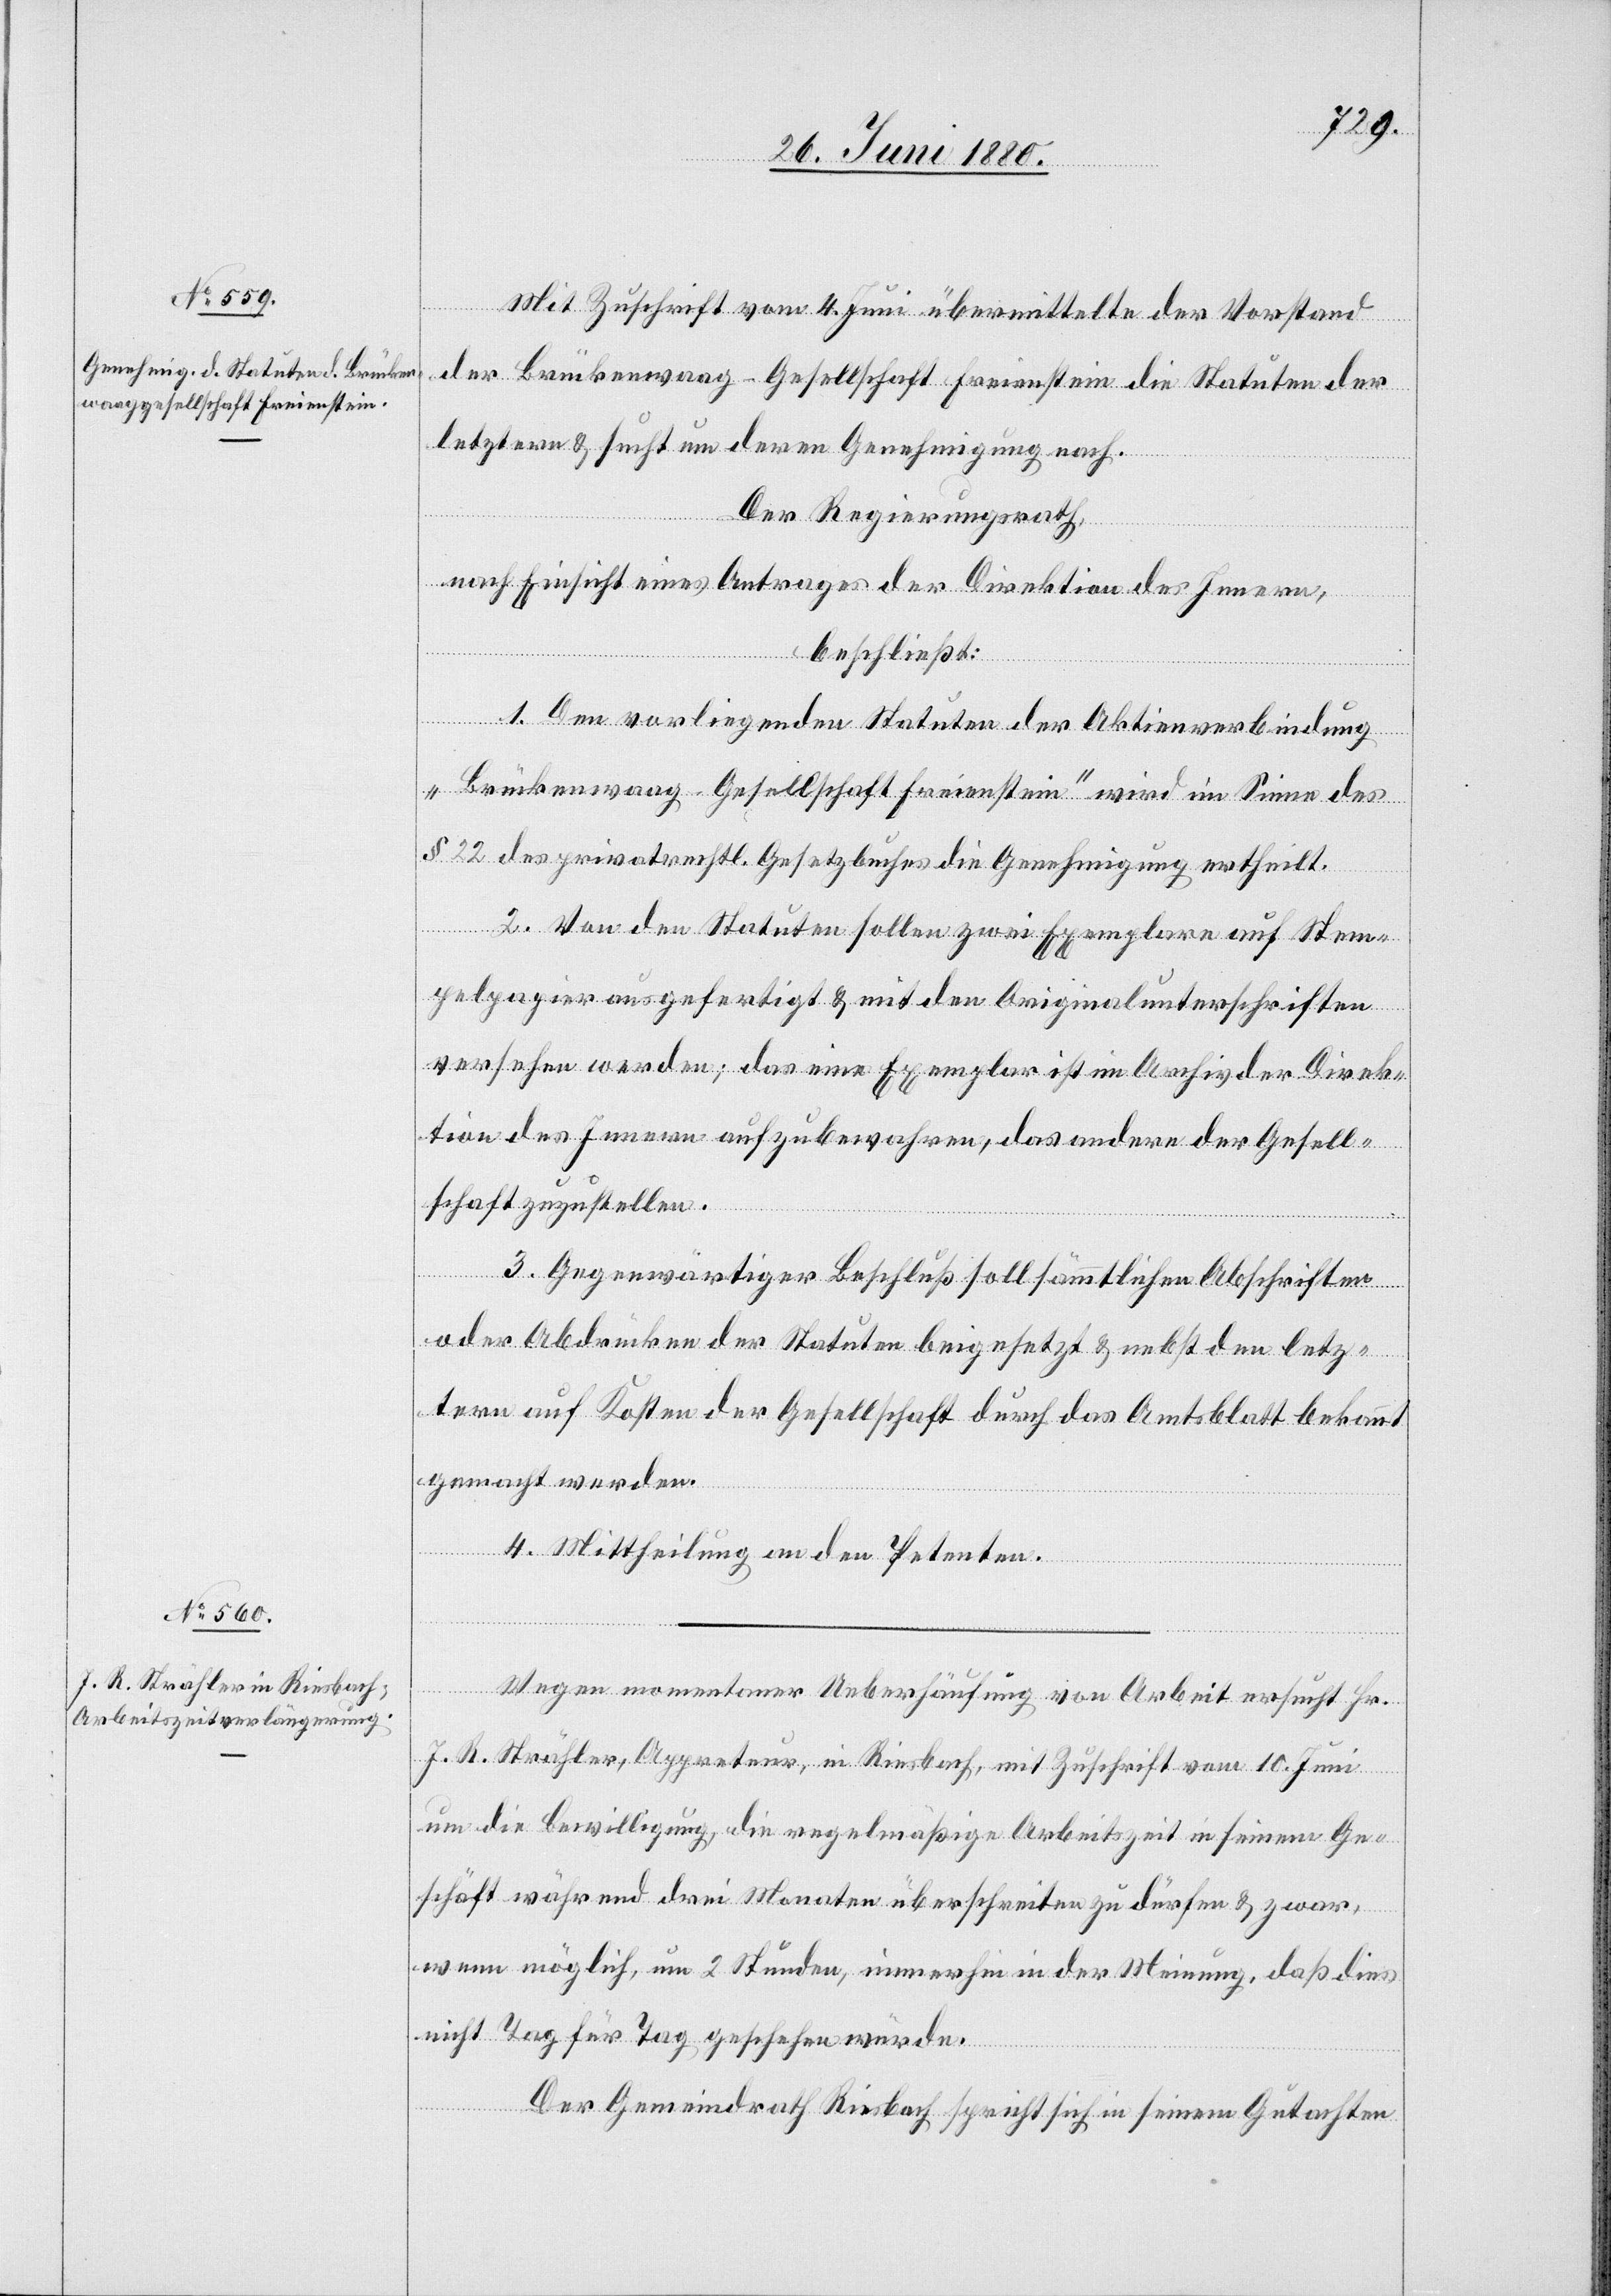
Mit Zuschrift vom 4. Juni übermittelte der Vorstand
der Brückenwaag-Gesellschaft Freienstein die Statuten der
letztern & sucht um deren Genehmigung nach.
Der Regierungsrath,
nach Einsicht eines Antrages der Direktion des Innern,
beschließt:
1. Den vorliegenden Statuten der Aktienverbindung
„Brückenwaag-Gesellschaft Freienstein“ wird im Sinne des
§ 22 des privatrechtl. Gesetzbuches die Genehmigung ertheilt.
2. Von den Statuten sollen zwei Exemplare auf Stem¬
pelpapier ausgefertigt & mit den Originalunterschriften
versehen werden; das eine Exemplar ist im Archiv der Direk¬
tion des Innern aufzubewahren, das andere der Gesell¬
schaft zuzustellen.
3. Gegenwärtiger Beschluß soll sämmtlichen Abschriften
oder Abdrücken der Statuten beigesetzt & nebst den letz¬
tern auf Kosten der Gesellschaft durch das Amtsblatt bekannt
gemacht werden.
4. Mittheilung an den Petenten.
Wegen momentaner Ueberhäufung von Arbeit ersucht Hr.
J. R. Strähler, Appreteur, in Riesbach, mit Zuschrift vom 10. Juni
um die Bewilligung, die regelmäßige Arbeitszeit in seinem Ge¬
schäft während drei Monaten überschreiten zu dürfen & zwar,
wenn möglich, um 2 Stunden, immerhin in der Meinung, daß dies
nicht Tag für Tag geschehen würde.
Der Gemeindrath Riesbach spricht sich in seinem Gutachten